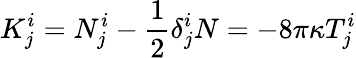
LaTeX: K_{j}^{i}=N_{j}^{i}-{\frac{1}{2}}\delta_{j}^{i}N=-8\pi\kappa T_{j}^{i}